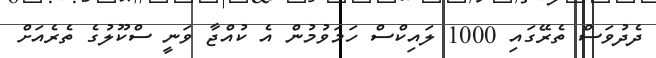
ދެދުވަސް ތެރޭގައި 1000 ލައިކްސް ހަމަވުމުން އެ ކުއްޖާ ވަނީ ސްކޫލުގެ ތެރެއަށް